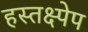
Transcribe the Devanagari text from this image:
हस्तक्ष्पेप